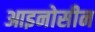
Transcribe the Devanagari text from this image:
आइनोसीन